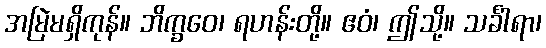
အမြဲမရှိကုန်။ ဘိက္ခဝေ၊ ရဟန်းတို့။ ဧဝံ၊ ဤသို့။ သင်္ခါရာ၊